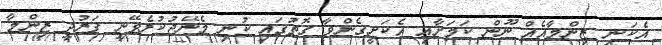
އެކަނި ޒިންމާއެއް ނޫން ކަމަށާއި އެކަށީގެންވާ ގޮތުގައި ކުނި މެނޭޖުކުރެވޭނީ ފަރުދީ ޒިންމާ